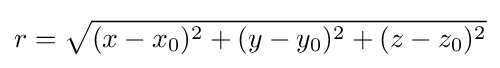
r={\sqrt {(x-x_{0})^{2}+(y-y_{0})^{2}+(z-z_{0})^{2}}}